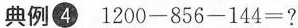
典例④ $$1 2 0 0 - 8 5 6 - 1 4 4 =$$?